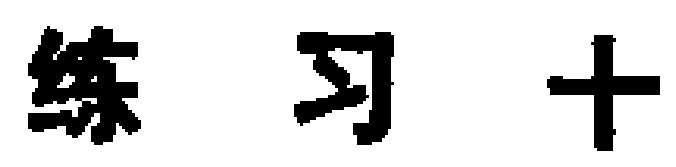
练习十